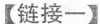
【链接一】